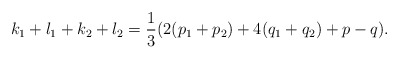
\begin{align*}k_1+l_1+k_2+l_2 = \frac{1}{3} (2(p_1+p_2)+4(q_1+q_2) +p-q).\end{align*}